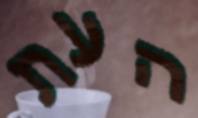
העת